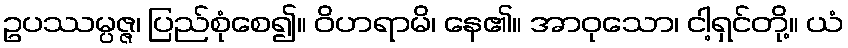
ဥပဿမ္ပဇ္ဇ၊ ပြည်စုံစေ၍။ ဝိဟရာမိ၊ နေ၏။ အာဝုသော၊ ငါ့ရှင်တို့။ ယံ